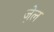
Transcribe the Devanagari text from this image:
जे़ल